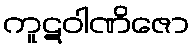
ကူဋဝါဏိဇော